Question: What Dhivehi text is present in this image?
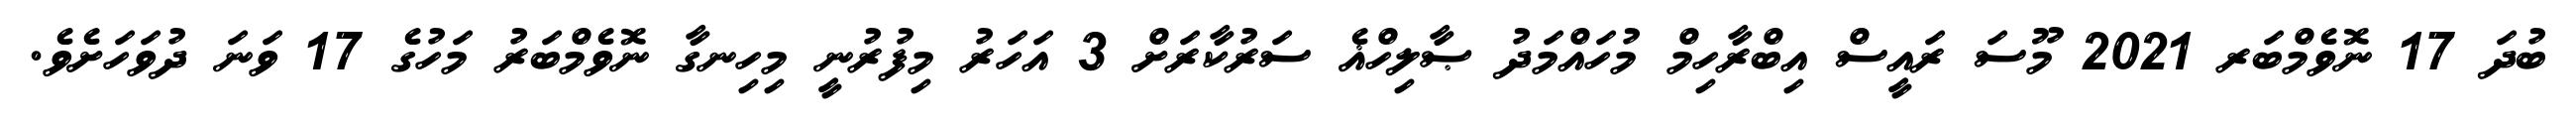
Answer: ބުދަ 17 ނޮވެމްބަރ 2021 މޫސަ ރައީސް އިބްރާހިމް މުހައްމަދު ޞާލިހްޣެ ސަރުކާރަށް 3 އަހަރު މިފުރުނީ މިހިނގާ ނޮވެމްބަރު މަހުގެ 17 ވަނަ ދުވަހަށެވެ.